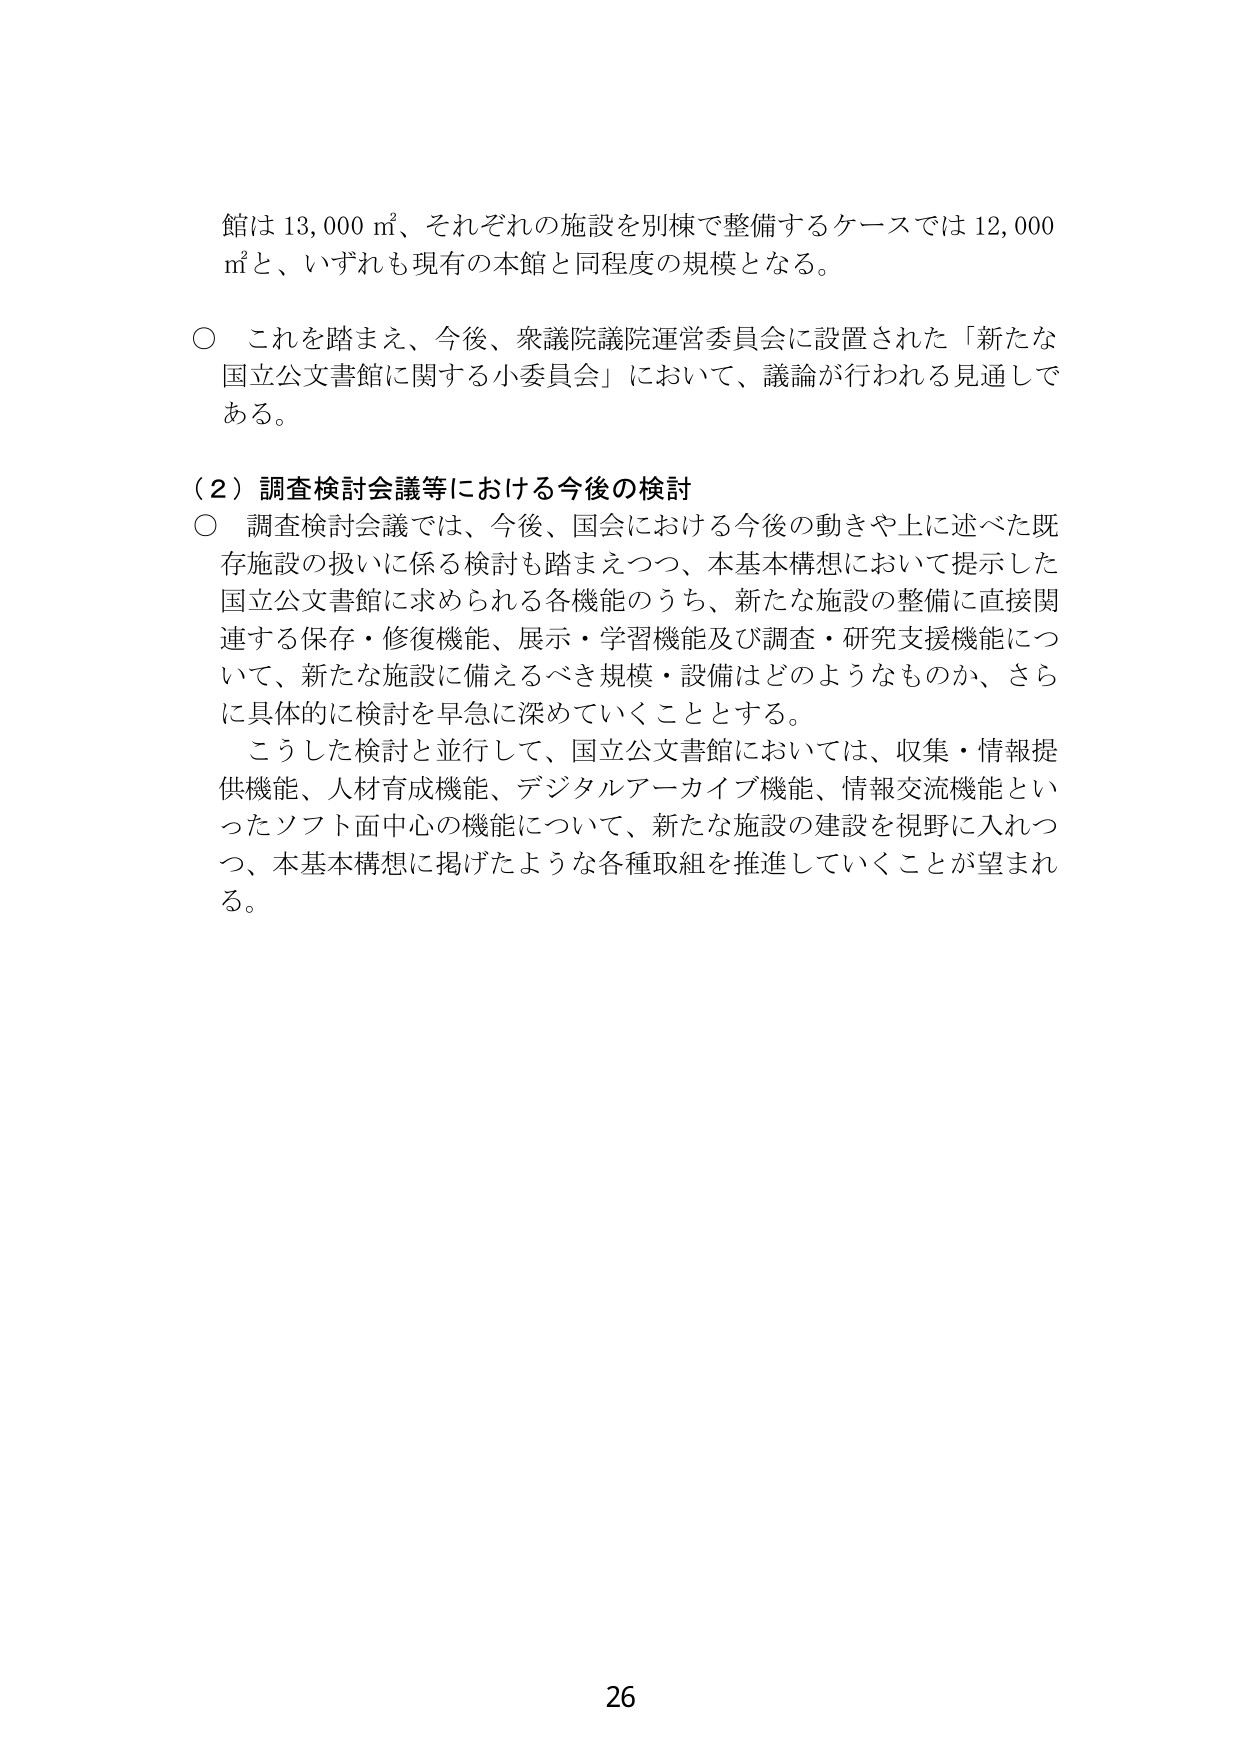
館は 13,000 ㎡、それぞれの施設を別棟で整備するケースでは 12,000 ㎡と、いずれも現有の本館と同程度の規模となる。

○ これを踏まえ、今後、衆議院議院運営委員会に設置された「新たな国立公文書館に関する小委員会」において、議論が行われる見通しである。

（２）調査検討会議等における今後の検討
○ 調査検討会議では、今後、国会における今後の動きや上に述べた既存施設の扱いに係る検討も踏まえつつ、本基本構想において提示した国立公文書館に求められる各機能のうち、新たな施設の整備に直接関連する保存・修復機能、展示・学習機能及び調査・研究支援機能について、新たな施設に備えるべき規模・設備はどのようなものか、さらに具体的に検討を早急に深めていくこととする。
こうした検討と並行して、国立公文書館においては、収集・情報提供機能、人材育成機能、デジタルアーカイブ機能、情報交流機能といったソフト面中心の機能について、新たな施設の建設を視野に入れつつ、本基本構想に掲げたような各種取組を推進していくことが望まれる。

26